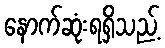
နောက်ဆုံးရရှိသည့်